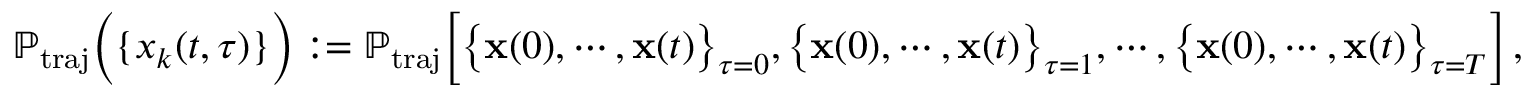
\mathbb { P } _ { \mathrm { t r a j } } \Big ( \{ x _ { k } ( t , \tau ) \} \Big ) : = \mathbb { P } _ { \mathrm { t r a j } } \Big [ \big \{ \mathbf { x } ( 0 ) , \cdots , \mathbf { x } ( t ) \big \} _ { \tau = 0 } , \big \{ \mathbf { x } ( 0 ) , \cdots , \mathbf { x } ( t ) \big \} _ { \tau = 1 } , \cdots , \big \{ \mathbf { x } ( 0 ) , \cdots , \mathbf { x } ( t ) \big \} _ { \tau = T } \Big ] \, ,